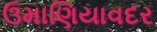
ઉમાણિયાવદર